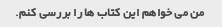
من می خواهم این کتاب ها را بررسی کنم.